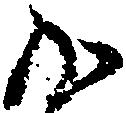
か